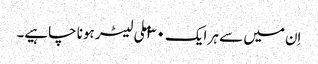
اِن میں سے ہر ایک ۳۰ ملی لیٹر ہونا چاہیے۔